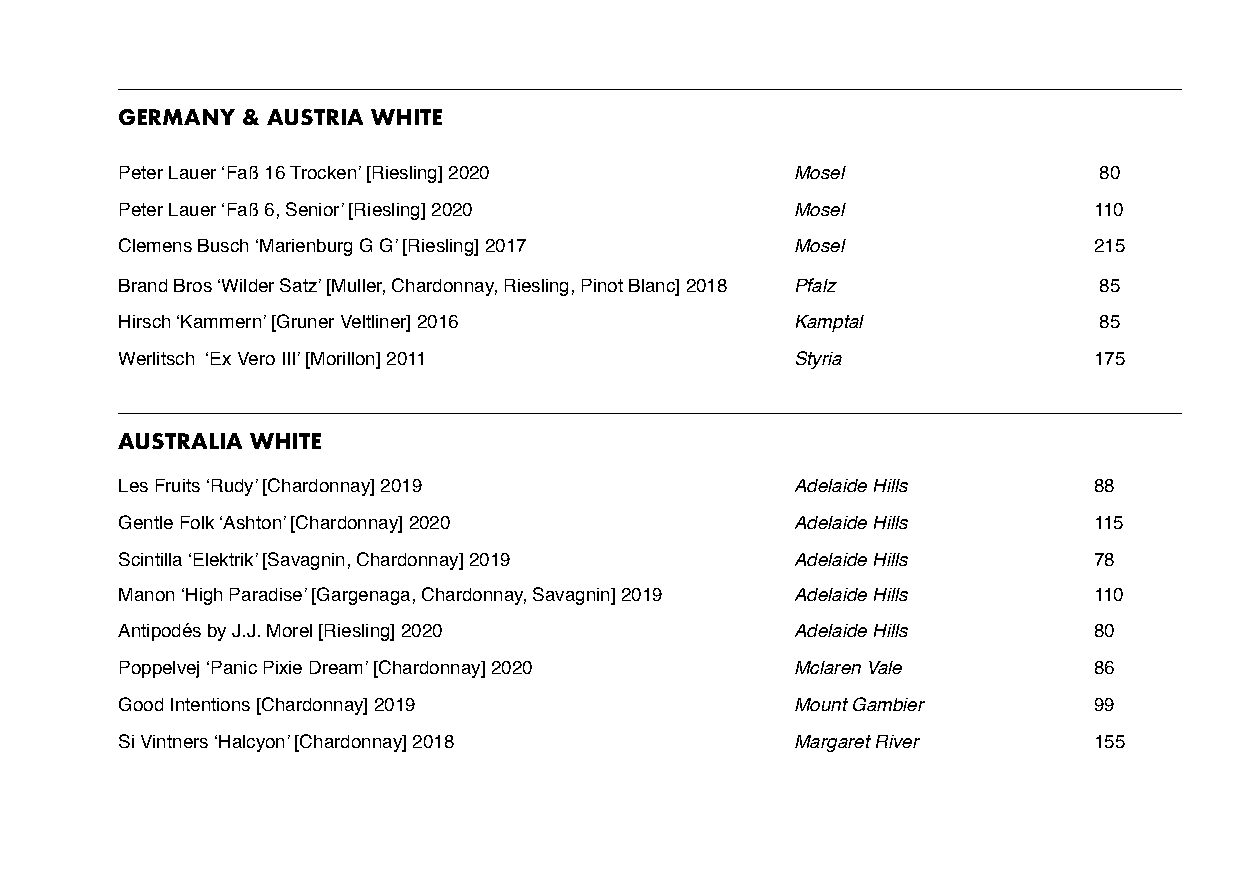
GERMANY & AUSTRIA WHITE
 Peter Lauer ‘Faß 16 Trocken’ [Riesling] 2020 Mosel               80
 Peter Lauer ‘Faß 6, Senior’ [Riesling] 2020  Mosel              110
 Clemens Busch ‘Marienburg G G’ [Riesling] 2017 Mosel            215
 Brand Bros ‘Wilder Satz’ [Muller, Chardonnay, Riesling, Pinot Blanc] 2018 Pfalz 85
 Hirsch ‘Kammern’ [Gruner Veltliner] 2016     Kamptal             85
 Werlitsch ‘Ex Vero III’ [Morillon] 2011      Styria             175
 AUSTRALIA WHITE
 Les Fruits ‘Rudy’ [Chardonnay] 2019          Adelaide Hills     88
 Gentle Folk ‘Ashton’ [Chardonnay] 2020       Adelaide Hills     115
 Scintilla ‘Elektrik’ [Savagnin, Chardonnay] 2019 Adelaide Hills 78
 Manon ‘High Paradise’ [Gargenaga, Chardonnay, Savagnin] 2019 Adelaide Hills 110
 Antipodés by J.J. Morel [Riesling] 2020      Adelaide Hills     80
 Poppelvej ‘Panic Pixie Dream’ [Chardonnay] 2020 Mclaren Vale    86
 Good Intentions [Chardonnay] 2019            Mount Gambier      99
 Si Vintners ‘Halcyon’ [Chardonnay] 2018      Margaret River     155